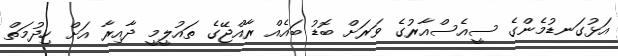
އަޅުގަނޑުމެންގެ ސީއެސްއާރުގެ ވަރަށް ބޮޑު ބައެއް ރާއްޖޭގެ ތައުލީމީ ދާއިރާ އަށް ހިދުމަތް